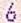
6